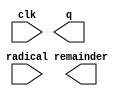
module SQRT (
	clk,
	radical,
	q,
	remainder);

	input	  clk;
	input	[31:0]  radical;
	output	[15:0]  q;
	output	[16:0]  remainder;

endmodule